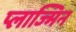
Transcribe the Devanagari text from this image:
प्लाज्मिन